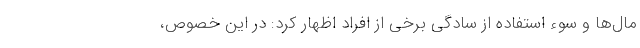
مال‌ها و سوء استفاده از سادگی برخی از افراد اظهار کرد: در این خصوص،